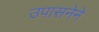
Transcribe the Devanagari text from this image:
उपासनेने